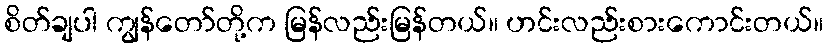
စိတ်ချပါ ကျွန်တော်တို့က မြန်လည်းမြန်တယ်။ ဟင်းလည်းစားကောင်းတယ်။